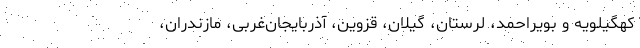
کهگیلویه و بویراحمد، لرستان، گیلان، قزوین، آذربایجان‌غربی، مازندران،